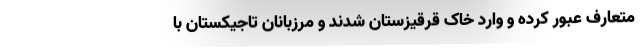
متعارف عبور کرده و وارد خاک قرقیزستان شدند و مرزبانان تاجیکستان با